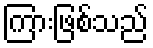
ကြားဖြစ်သည်